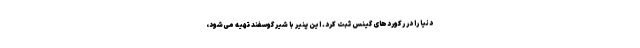
دنیا را در رکوردهای گینس ثبت کرد. این پنیر با شیر گوسفند تهیه می‌شود،